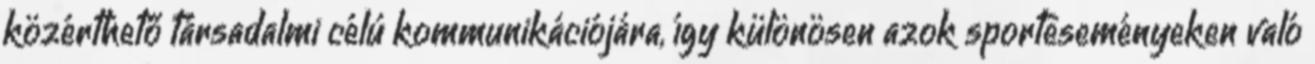
közérthető társadalmi célú kommunikációjára, így különösen azok sporteseményeken való